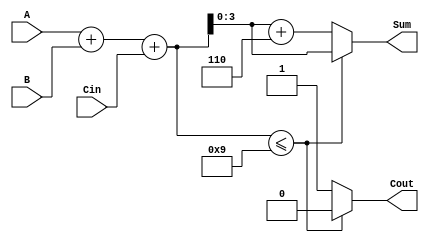
module BCD_LUT_Adder (
    input  wire [3:0] A,       // 4-bit BCD input A
    input  wire [3:0] B,       // 4-bit BCD input B
    input  wire Cin,           // Carry input
    output reg  [3:0] Sum,     // 4-bit BCD output Sum
    output reg  Cout           // Carry output
);

    // Intermediate 5-bit sum
    wire [4:0] temp_sum;

    // Calculate the binary sum of A, B and Cin
    assign temp_sum = A + B + Cin;

    // Look-Up Table for BCD correction
    always @(*) begin
        if (temp_sum <= 9) begin
            Sum = temp_sum[3:0]; // Valid BCD sum
            Cout = 1'b0;         // No carry
        end else begin
            Sum = temp_sum[3:0] + 4'b0110; // Add 6 to convert to valid BCD
            Cout = 1'b1;                    // Carry generated
        end
    end

endmodule